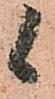
候